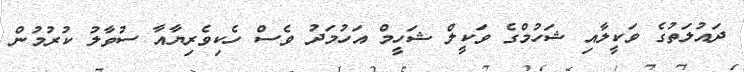
ދައުލަތުގެ ވަކީލާއި ޝަހުމްގެ ވަކީލް ޝަހީމް އަހުމަދު ވެސް ހެކިވެރިޔާއާ ސުވާލު ކުރުމުން